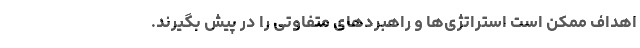
اهداف ممکن است استراتژی‌­ها و راهبردهای متفاوتی را در پیش ­بگیرند.